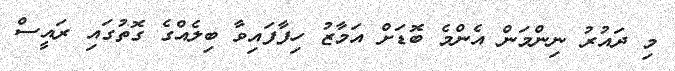
މި ދައުރު ނިންމަން އެންމެ ބޮޑަށް އަމާޒު ހިފާފައިވާ ބިލެއްގެ ގޮތުގައި ރައީސް